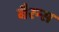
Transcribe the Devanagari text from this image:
बैरन्स